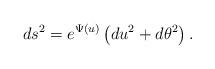
LaTeX: \begin{align*}ds^2=e^{\Psi(u)}\left(du^2+d\theta^2\right).\end{align*}